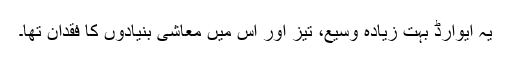
یہ ایوارڈ بہت زیادہ وسیع، تیز اور اس میں معاشی بنیادوں کا فقدان تھا۔